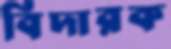
বিদারক